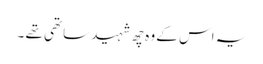
یہ اس کے وہ چھ شہید ساتھی تھے ۔